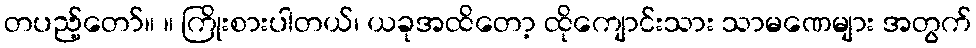
တပည့်တော်။ ။ ကြိုးစားပါတယ်၊ ယခုအထိတော့ ထိုကျောင်းသား သာမဏေများ အတွက်